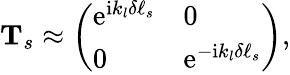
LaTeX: \begin{array}{r}{\mathbf{T}_{s}\approx\left(\begin{array}{ll}{\mathrm{e}^{\mathrm{i}k_{l}\delta\ell_{s}}}&{0}\\ {0}&{\mathrm{e}^{-\mathrm{i}k_{l}\delta\ell_{s}}}\end{array}\right),}\end{array}